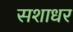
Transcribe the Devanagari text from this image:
सशाधर